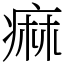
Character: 痲